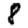
Digit: 8